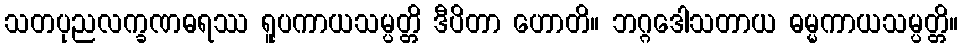
သတပုညလက္ခဏဓရဿ ရူပကာယသမ္ပတ္တိ ဒီပိတာ ဟောတိ။ ဘဂ္ဂဒေါသတာယ ဓမ္မကာယသမ္ပတ္တိ။